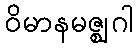
ဝိမာနမဇ္ဈဂါ